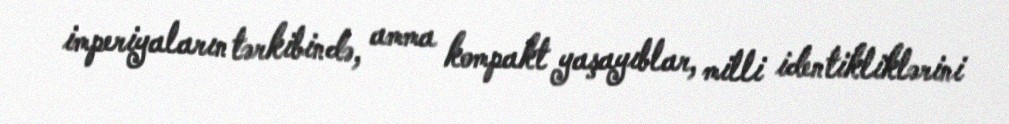
imperiyaların tərkibində, amma kompakt yaşayıblar, milli identikliklərini